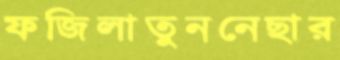
ফজিলাতুননেছার